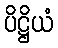
ပိဋ္ဌိယံ